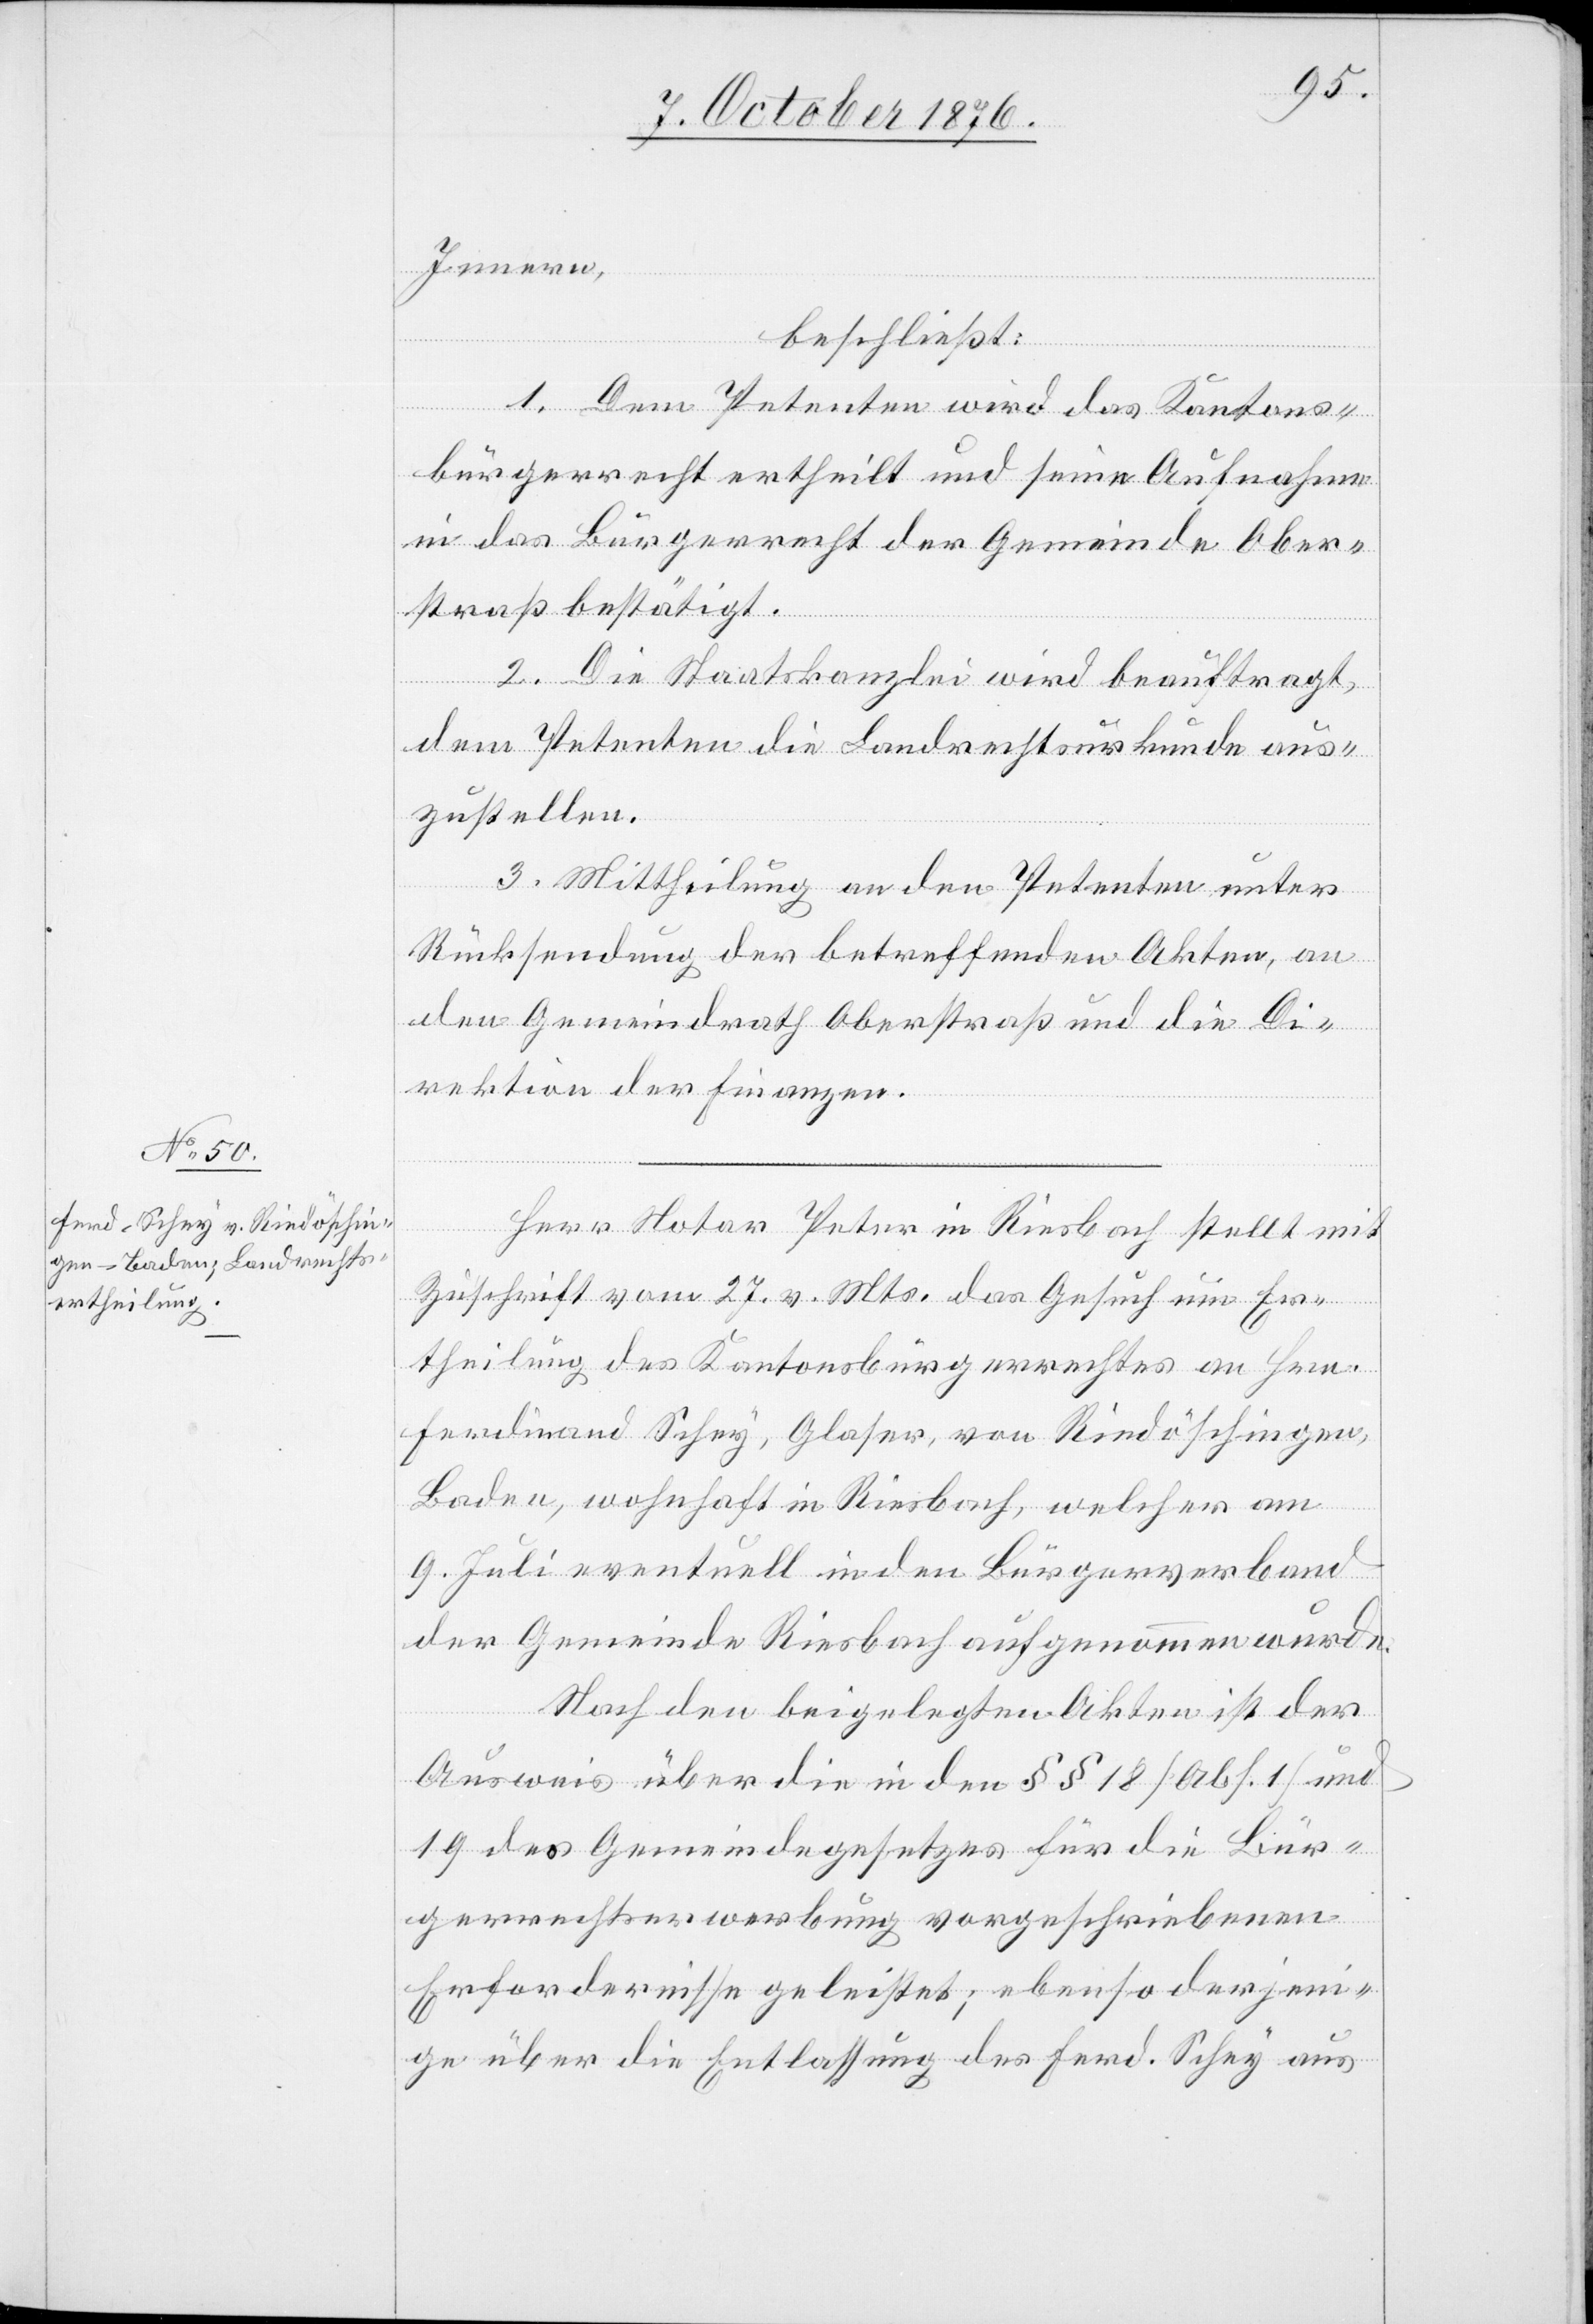
Innern,
beschließt:
1. Dem Petenten wird das Kantons¬
bürgerrecht ertheilt und seine Aufnahme
in das Bürgerrechte der Gemeinde Ober¬
straß bestätigt.
2. Die Staatskanzlei wird beauftragt,
dem Petenten die Landrechtsurkunde aus¬
zustellen.
3. Mittheilung an den Petenten unter
Rücksendung der betreffenden Akten, an
den Gemeindrath Oberstraß und die Di¬
rektion der Finanzen.